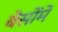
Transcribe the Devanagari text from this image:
बेसोंमें